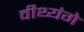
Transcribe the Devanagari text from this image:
वीथ्यंगे